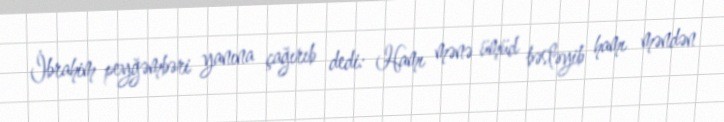
İbrahim peyğəmbəri yanına çağırıb dedi: Hamı mənə ümüd bəsləyib hamı məndən